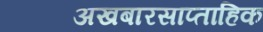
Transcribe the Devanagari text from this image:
अखबारसाप्ताहिक